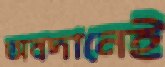
অবদানেই